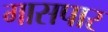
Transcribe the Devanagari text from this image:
गासपार